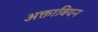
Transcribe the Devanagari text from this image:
अक्तावियन